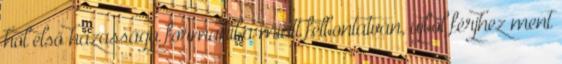
hol első házassága formahiba miatt felbontatván, ujból férjhez ment